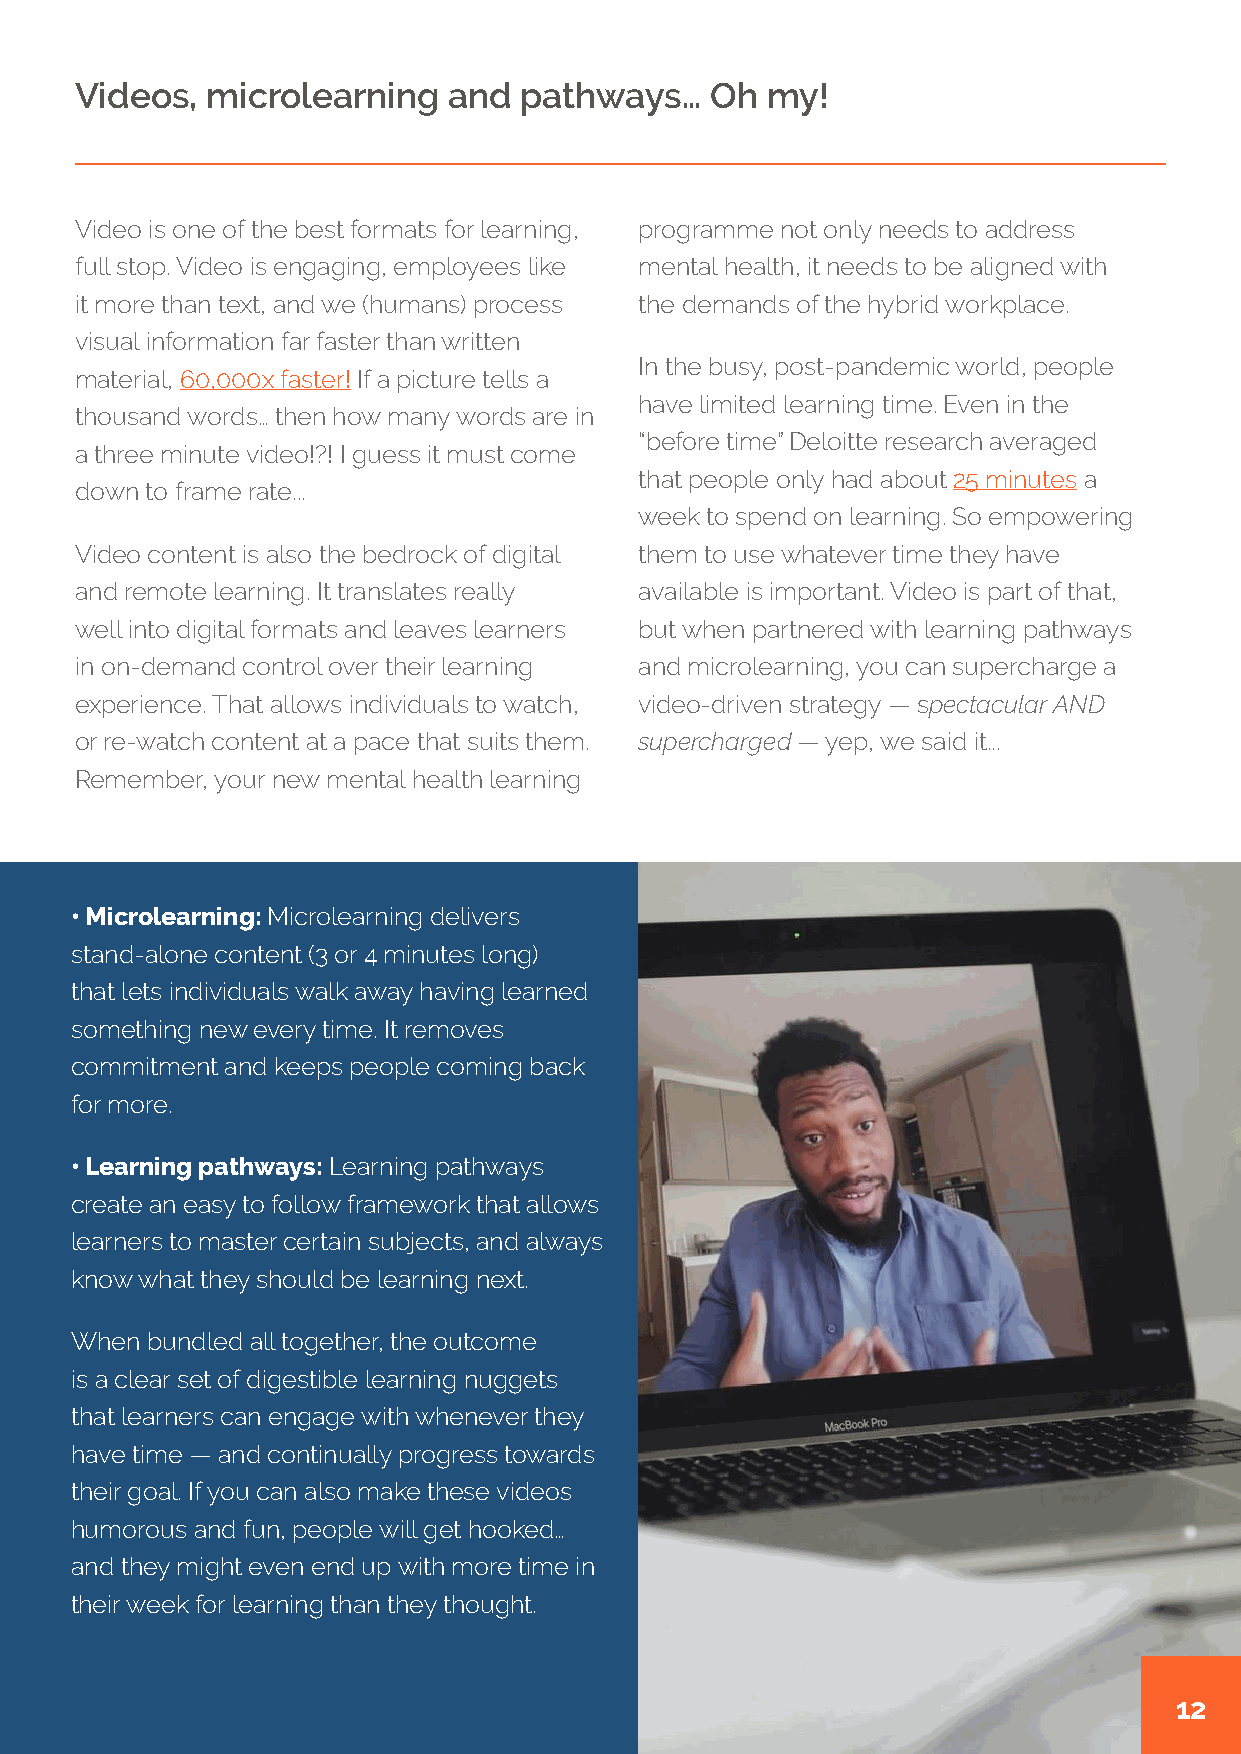
Videos,  microlearning   and pathways…    Oh  my!
 Video is one of the best formats for learning, programme not only needs to address
 full stop. Video is engaging, employees like mental health, it needs to be aligned with
 it more than text, and we (humans) process the demands of the hybrid workplace.
 visual information far faster than written
 In the busy, post-pandemic world, people
 material, 60,000x faster! If a picture tells a
 have limited learning time. Even in the
 thousand words… then how many words are in
 “before time” Deloitte research averaged
 a three minute video!?! I guess it must come
 that people only had about 25 minutes a
 down to frame rate...
 week to spend on learning. So empowering
 Video content is also the bedrock of digital them to use whatever time they have
 and remote learning. It translates really available is important. Video is part of that,
 well into digital formats and leaves learners but when partnered with learning pathways
 in on-demand control over their learning and microlearning, you can supercharge a
 experience. That allows individuals to watch, video-driven strategy — spectacular AND
 or re-watch content at a pace that suits them. supercharged — yep, we said it...
 Remember, your new mental health learning
 • Microlearning: Microlearning delivers
 stand-alone content (3 or 4 minutes long)
 that lets individuals walk away having learned
 something new every time. It removes
 commitment and keeps people coming back
 for more.
 • Learning pathways: Learning pathways
 create an easy to follow framework that allows
 learners to master certain subjects, and always
 know what they should be learning next.
 When bundled all together, the outcome
 is a clear set of digestible learning nuggets
 that learners can engage with whenever they
 have time — and continually progress towards
 their goal. If you can also make these videos
 humorous and fun, people will get hooked…
 and they might even end up with more time in
 their week for learning than they thought.
 12